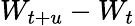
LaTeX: W_{t+u}-W_{t}